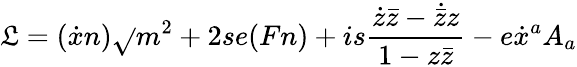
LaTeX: \mathfrak{L}=(\dot{{x}}n)\sqrt{}{{m^{2}+2se(Fn)}}+is\frac{{\dot{{z}}\bar{{z}}-\dot{{\bar{{z}}}}z}}{{1-z\bar{{z}}}}-e\dot{{x}}^{a}A_{a}